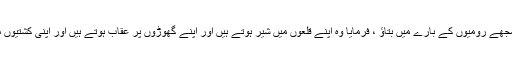
سلیمان رحمہ اللہ نے کہا مجھے رومیوں کے بارے میں بتاؤ ، فرمایا وہ اپنے قلعوں میں شیر ہوتے ہیں اور اپنے گھوڑوں پر عقاب ہوتے ہیں اور اپنی کشتیوں میں عورتیں بن جاتے ہیں ۔